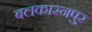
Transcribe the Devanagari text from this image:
बलकारनपुर